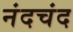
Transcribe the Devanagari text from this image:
नंदचंद